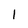
Character: 1